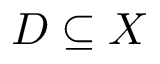
D \subseteq X